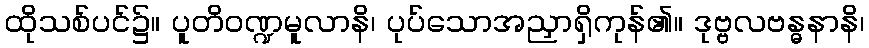
ထိုသစ်ပင်၌။ ပူတိဝဏ္ဍမူလာနိ၊ ပုပ်သောအညှာရှိကုန်၏။ ဒုဗ္ဗလဗန္ဓနာနိ၊